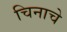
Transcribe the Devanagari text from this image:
चिनाचे